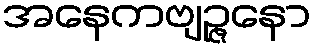
အနေကဗျဉ္ဇနော